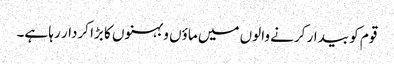
قوم کو بیدار کرنے والوں میں ماؤں و بہنوں کا بڑا کردار رہا ہے۔